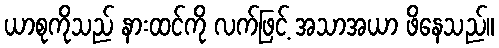
ယာစုကိုသည် နားထင်ကို လက်ဖြင့် အသာအယာ ဖိနေသည်။